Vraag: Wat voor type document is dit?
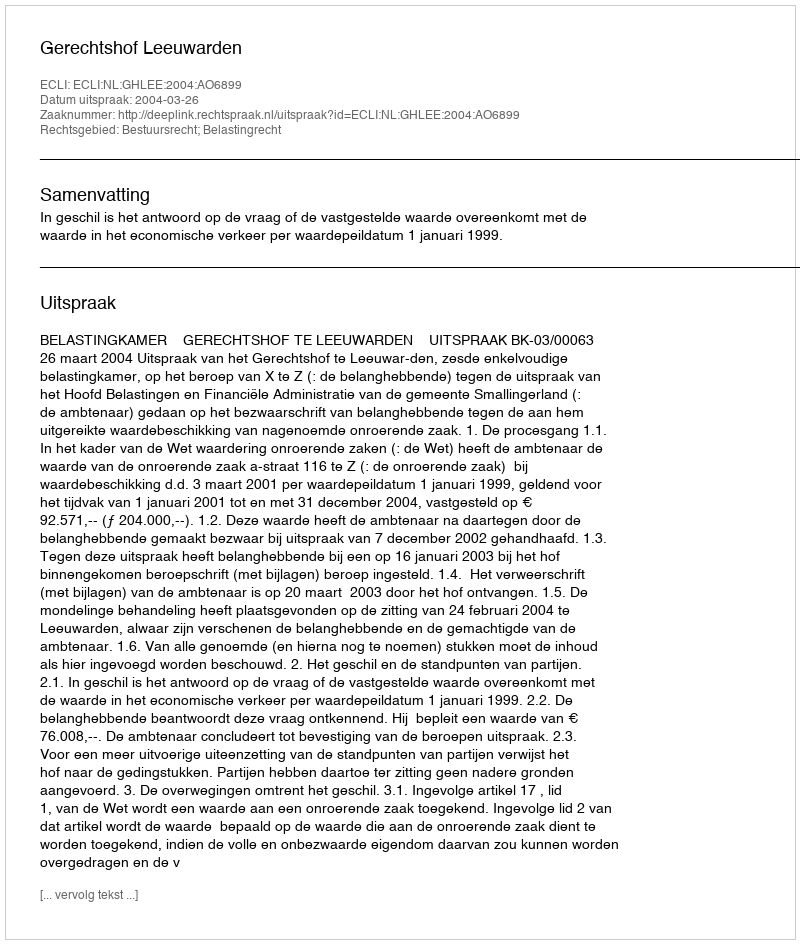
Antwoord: Uitspraak